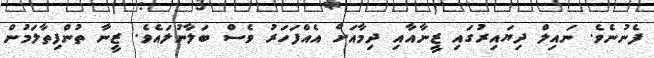
ފެނުނެވެ. ނައިލް ދިޔައިރުގައި ޒީނާއާއި ދިމާއަށް އެއްފަހަރު ވެސް ބަލާނުލައެވެ. ޒީނާ ތުންފިތާލަމުން